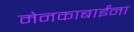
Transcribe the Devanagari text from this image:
मेनकाबाईंना